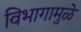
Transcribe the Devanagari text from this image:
विभागामुळे